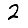
Digit: 2